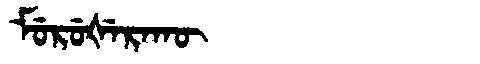
Manchu: ᠮᡠᡵᡠᡧᡝᡵᠠᡴᡡ
Romanization: MURUŠERAKŪ